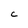
Character: c